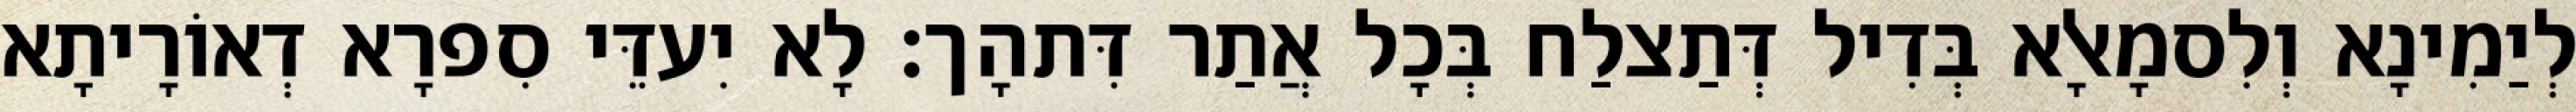
לְיַמִינָא וְלִסמָאלָא בְּדִיל דְּתַצלַח בְּכָל אֲתַר דִּתהָך׃ לָא יִעדֵּי סִפרָא דְאוֹרָיתָא